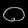
Digit: ၀